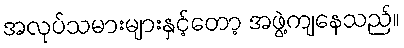
အလုပ်သမားများနှင့်တော့ အဖွဲ့ကျနေသည်။